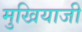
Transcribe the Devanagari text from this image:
मुखियाजी